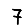
Digit: 7